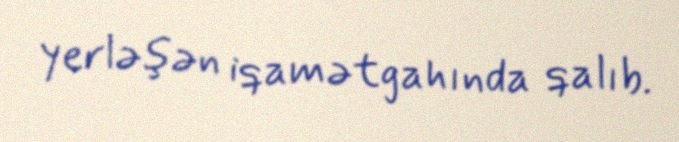
yerləşən iqamətgahında qalıb.